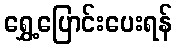
ရွှေ့ပြောင်းပေးရန်